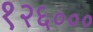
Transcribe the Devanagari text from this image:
१२६०००